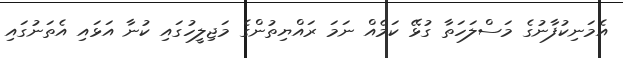
އެމަނިކުފާނުގެ މަސްލަހަތާ ގުޅޭ ކަމެއް ނަމަ ރައްޔިތުންގެ މަޖިލީހުގައި ކުނާ އަޅައި އެތަނުގައި